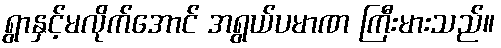
ရွာနှင့်မလိုက်အောင် အရွယ်ပမာဏ ကြီးမားသည်။